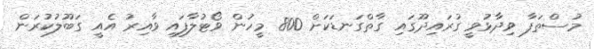
މުސްތަފާ ވިދާޅުވީ ގުރައިދޫގައި ގާތްގަނޑަކަށް 800 މީހުން ވޯޓުލާފައި ވާއިރު އެއީ ގަބޫލުކުރަން